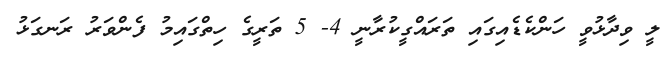
ލީ ވިދާޅުވީ ހަންކެޑެއިގައި ތަރައްގީކުރާނީ 4- 5 ތަރީގެ ހިތްގައިމު ފެންވަރު ރަނގަޅު